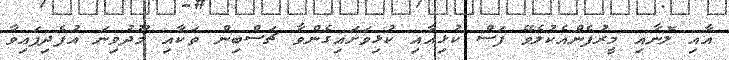
އާއި ލޮނާއި މީރުފެންއެކުލެވޭ ފަސް ކުޅިއާއި ކުޅިވަށައިގެންވާ ޗަސްބިން ތަކާއި މޫދުވިނަ އުފެދިފައިވާ